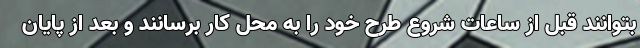
بتوانند قبل از ساعات شروع طرح خود را به محل کار برسانند و بعد از پایان